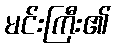
မင်းကြီး၏